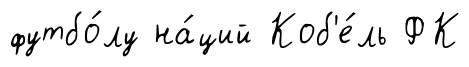
футбо́лу на́ций Коб'е́ль ФК